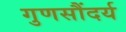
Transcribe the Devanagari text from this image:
गुणसौंदर्य